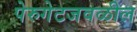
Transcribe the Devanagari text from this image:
पेरुगेटजवळील